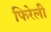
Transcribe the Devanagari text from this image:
फिरेली